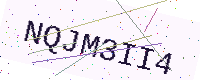
Text: NQJM3II4